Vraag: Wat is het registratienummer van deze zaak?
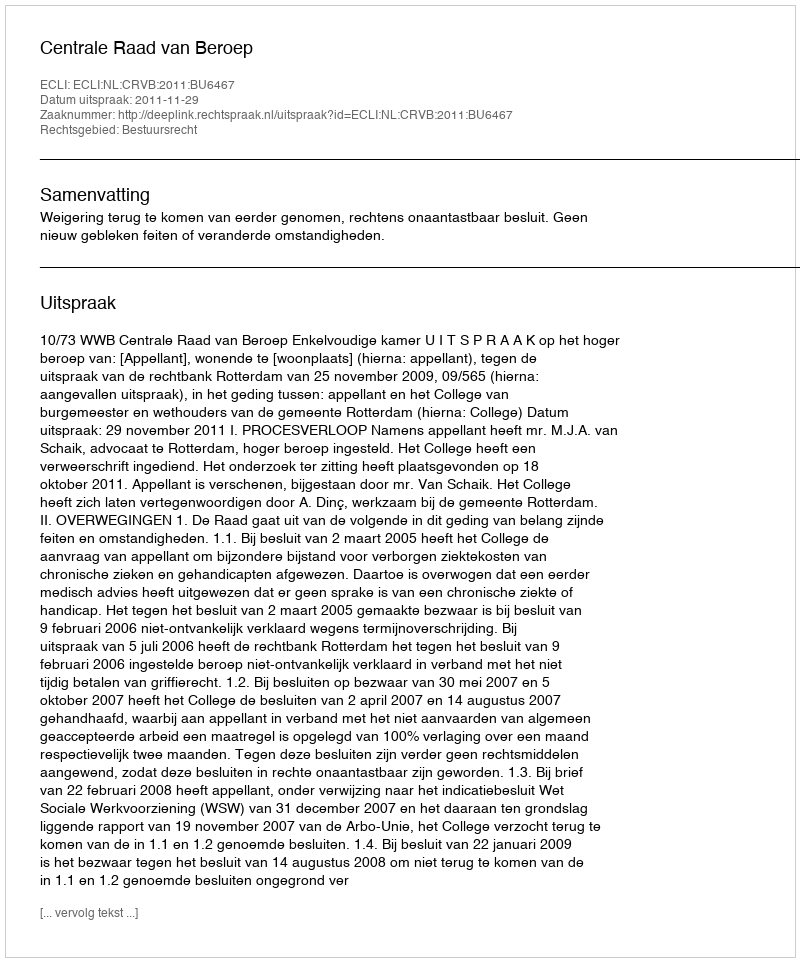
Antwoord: http://deeplink.rechtspraak.nl/uitspraak?id=ECLI:NL:CRVB:2011:BU6467